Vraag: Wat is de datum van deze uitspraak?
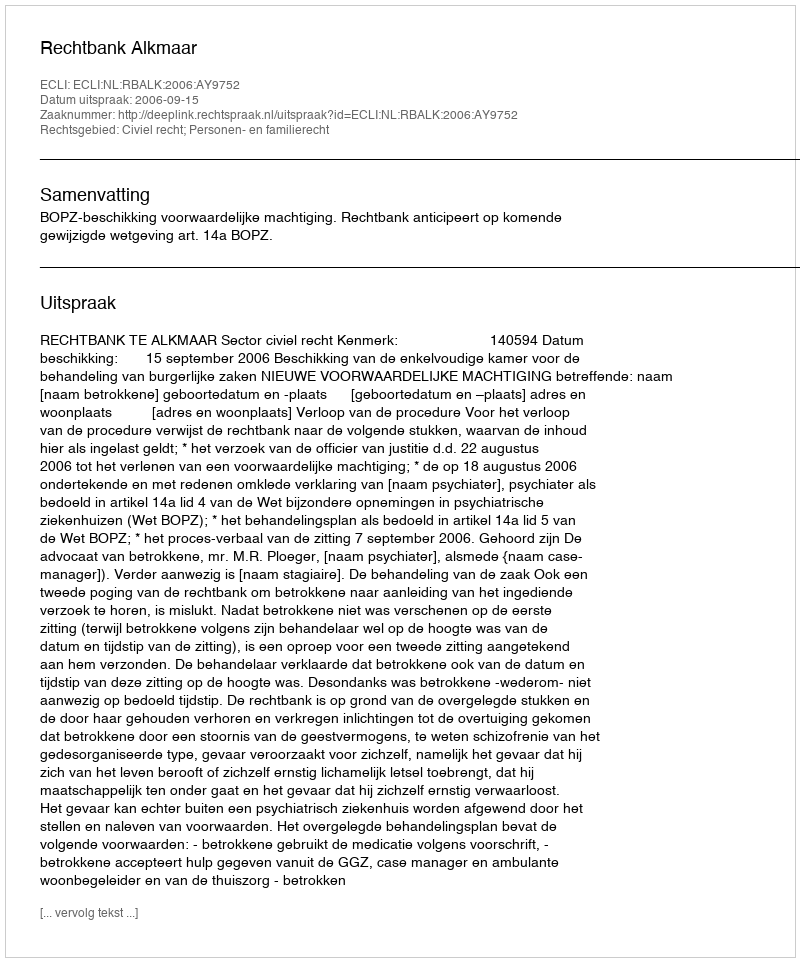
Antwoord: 2006-09-15